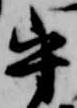
守